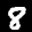
Label: 8